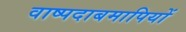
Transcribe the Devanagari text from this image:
वाष्पदाबमापियों